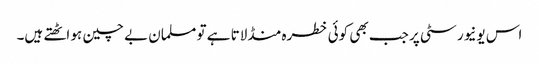
اس یونیورسٹی پر جب بھی کوئی خطرہ منڈلاتا ہے تو مسلمان بے چین ہو اٹھتے ہیں۔